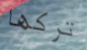
تركها